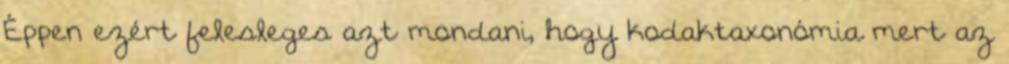
Éppen ezért felesleges azt mondani, hogy kodaktaxonómia mert az